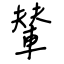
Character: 輦